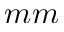
m m